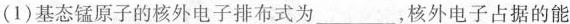
(1)基态锰原子的核外电子排布式为___，核外电子占据的能